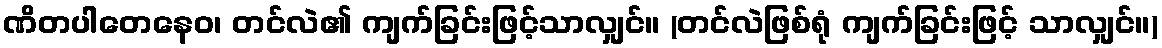
ဏိတပါတေနေဝ၊ တင်လဲ၏ ကျက်ခြင်းဖြင့်သာလျှင်။ (တင်လဲဖြစ်ရုံ ကျက်ခြင်းဖြင့် သာလျှင်။)